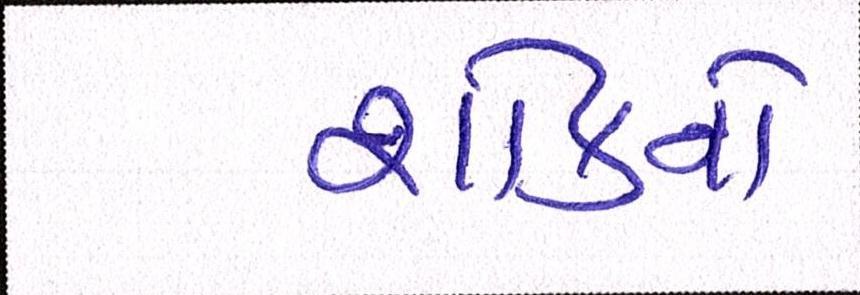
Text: શોકનો